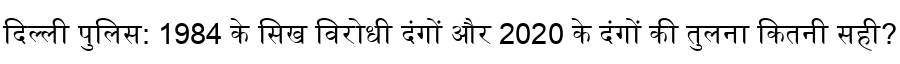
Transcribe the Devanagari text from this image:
दिल्ली पुलिस: 1984 के सिख विरोधी दंगों और 2020 के दंगों की तुलना कितनी सही?